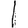
Digit: 1